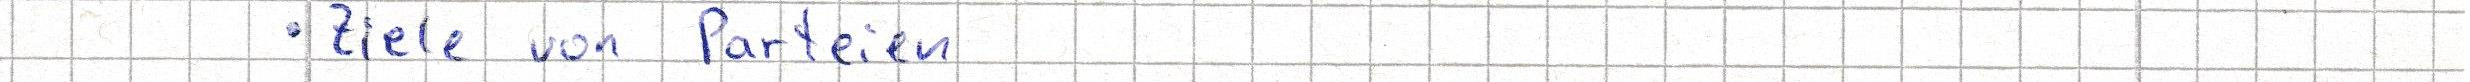
- Ziele von Parteien